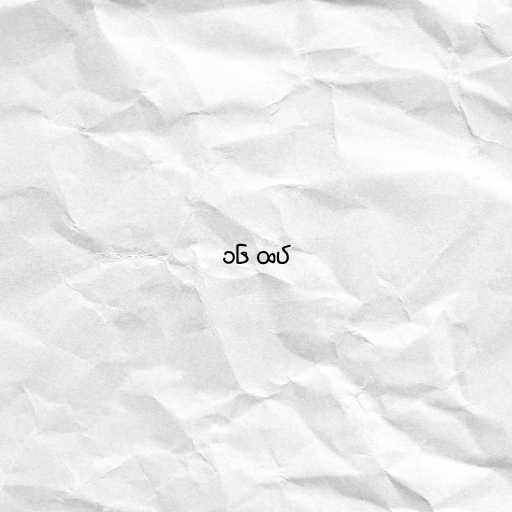
၁၆ ထပ်